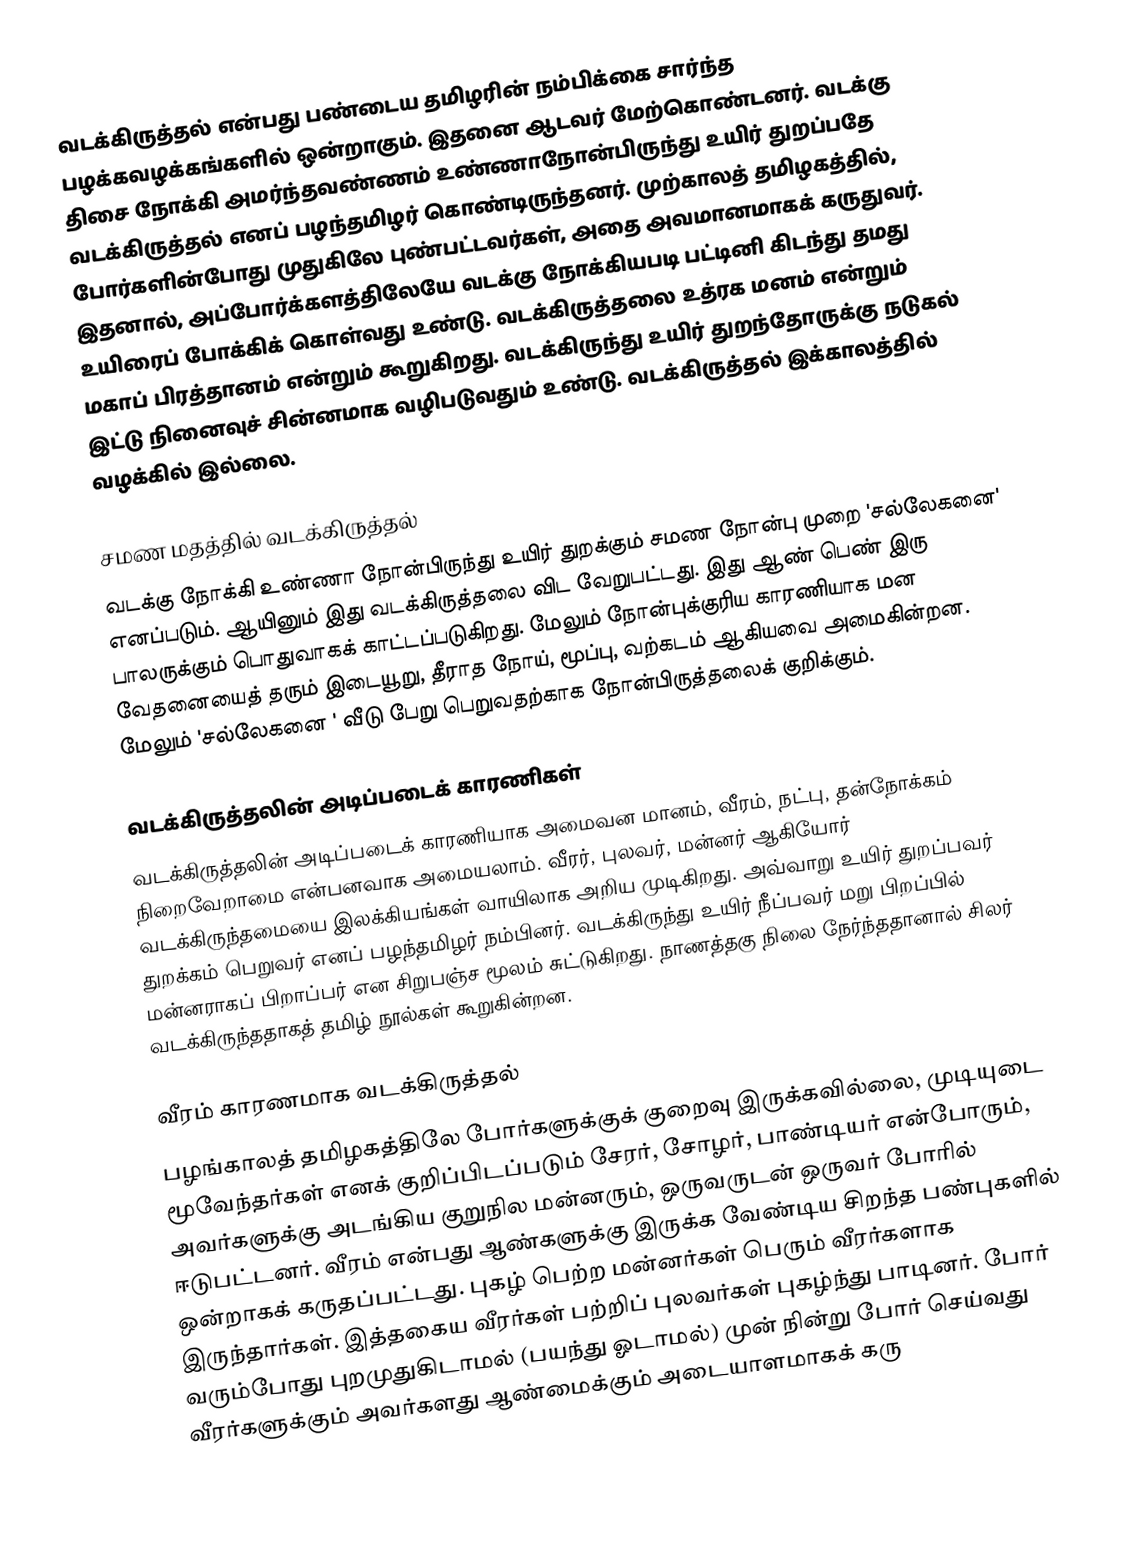
வடக்கிருத்தல் என்பது பண்டைய தமிழரின் நம்பிக்கை சார்ந்த பழக்கவழக்கங்களில் ஒன்றாகும். இதனை ஆடவர் மேற்கொண்டனர். வடக்கு திசை நோக்கி அமர்ந்தவண்ணம் உண்ணாநோன்பிருந்து உயிர் துறப்பதே வடக்கிருத்தல் எனப் பழந்தமிழர் கொண்டிருந்தனர். முற்காலத் தமிழகத்தில், போர்களின்போது முதுகிலே புண்பட்டவர்கள், அதை அவமானமாகக் கருதுவர். இதனால், அப்போர்க்களத்திலேயே வடக்கு நோக்கியபடி பட்டினி கிடந்து தமது உயிரைப் போக்கிக் கொள்வது உண்டு. வடக்கிருத்தலை உத்ரக மனம் என்றும்  மகாப் பிரத்தானம் என்றும் கூறுகிறது. வடக்கிருந்து உயிர் துறந்தோருக்கு நடுகல் இட்டு நினைவுச் சின்னமாக வழிபடுவதும் உண்டு. வடக்கிருத்தல் இக்காலத்தில் வழக்கில் இல்லை.

சமண மதத்தில் வடக்கிருத்தல்
வடக்கு நோக்கி உண்ணா நோன்பிருந்து உயிர் துறக்கும் சமண நோன்பு முறை 'சல்லேகனை' எனப்படும். ஆயினும் இது வடக்கிருத்தலை விட வேறுபட்டது. இது ஆண் பெண் இரு பாலருக்கும் பொதுவாகக் காட்டப்படுகிறது. மேலும் நோன்புக்குரிய காரணியாக மன வேதனையைத் தரும் இடையூறு, தீராத நோய், மூப்பு, வற்கடம் ஆகியவை அமைகின்றன. மேலும் 'சல்லேகனை ' வீடு பேறு பெறுவதற்காக நோன்பிருத்தலைக் குறிக்கும்.

வடக்கிருத்தலின் அடிப்படைக் காரணிகள்
வடக்கிருத்தலின் அடிப்படைக் காரணியாக அமைவன மானம், வீரம், நட்பு, தன்நோக்கம் நிறைவேறாமை என்பனவாக அமையலாம். வீரர், புலவர், மன்னர் ஆகியோர் வடக்கிருந்தமையை இலக்கியங்கள் வாயிலாக அறிய முடிகிறது. அவ்வாறு உயிர் துறப்பவர் துறக்கம் பெறுவர் எனப் பழந்தமிழர் நம்பினர். வடக்கிருந்து உயிர் நீப்பவர் மறு பிறப்பில் மன்னராகப் பிறாப்பர் என சிறுபஞ்ச மூலம் சுட்டுகிறது. நாணத்தகு நிலை நேர்ந்ததானால் சிலர் வடக்கிருந்ததாகத் தமிழ் நூல்கள் கூறுகின்றன.

வீரம் காரணமாக வடக்கிருத்தல்
பழங்காலத் தமிழகத்திலே போர்களுக்குக் குறைவு இருக்கவில்லை, முடியுடை மூவேந்தர்கள் எனக் குறிப்பிடப்படும் சேரர், சோழர், பாண்டியர் என்போரும், அவர்களுக்கு அடங்கிய குறுநில மன்னரும், ஒருவருடன் ஒருவர் போரில் ஈடுபட்டனர். வீரம் என்பது ஆண்களுக்கு இருக்க வேண்டிய சிறந்த பண்புகளில் ஒன்றாகக் கருதப்பட்டது. புகழ் பெற்ற மன்னர்கள் பெரும் வீரர்களாக இருந்தார்கள். இத்தகைய வீரர்கள் பற்றிப் புலவர்கள் புகழ்ந்து பாடினர். போர் வரும்போது புறமுதுகிடாமல் (பயந்து ஓடாமல்) முன் நின்று போர் செய்வது வீரர்களுக்கும் அவர்களது ஆண்மைக்கும் அடையாளமாகக் கரு